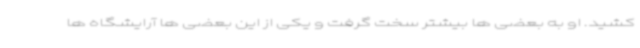
کشید. او به بعضی ها بیشتر سخت گرفت و یکی از این بعضی ها آرایشگاه ها